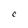
Character: C